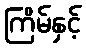
ကြိမ်နှင့်